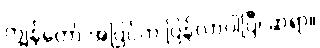
ကျွန်တော် အပြင်က ပြန်လာပါပြီ၊ ဆရာ။